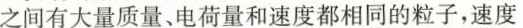
之间有大量质量、电荷量和速度都相同的粒子，速度